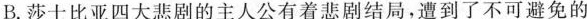
B.莎士比亚四大悲剧的主人公有着悲剧结局，遭到了不可避免的